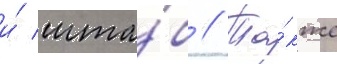
и́ шта́б // Та́кже